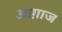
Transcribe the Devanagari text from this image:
आग़ाज